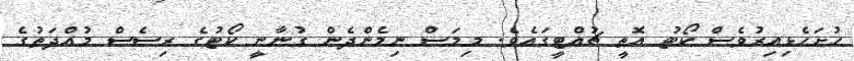
ހުށަހެޅިއިރުވެސް ކޯޓު އޮތީ ޗުއްޓީގައެވެ. މިމަސް ނިމެންދެން ގުނާނީ ކޯޓުގެ ރިސެސް މުއްދަތުގެ